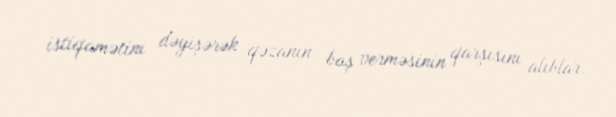
istiqamətini dəyişərək qəzanın baş verməsinin qarşısını alıblar.